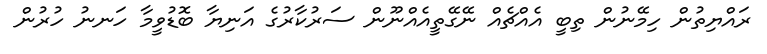
ރައްޔިތުން ހިމޭނުން ތިބީ އެއްޗެއް ނޭގޭތީއެއްނޫން ސަރުކާރުގެ އަނިޔާ ބޮޑުވީމާ ހަނނު ހުރުން